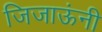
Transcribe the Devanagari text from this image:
जिजाऊंनी